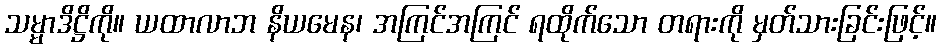
သမ္မာဒိဋ္ဌိကို။ ယထာလာဘ နိယမေန၊ အကြင်အကြင် ရထိုက်သော တရားကို မှတ်သားခြင်းဖြင့်။